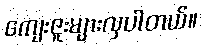
ကျေးဇူးများလှပါတယ်။